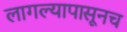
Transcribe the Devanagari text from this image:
लागल्यापासूनच